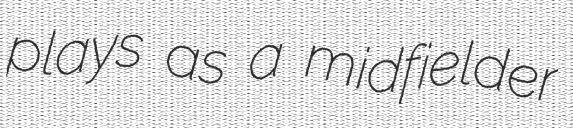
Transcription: plays as a midfielder